Leaving Certificate Examination, 1924
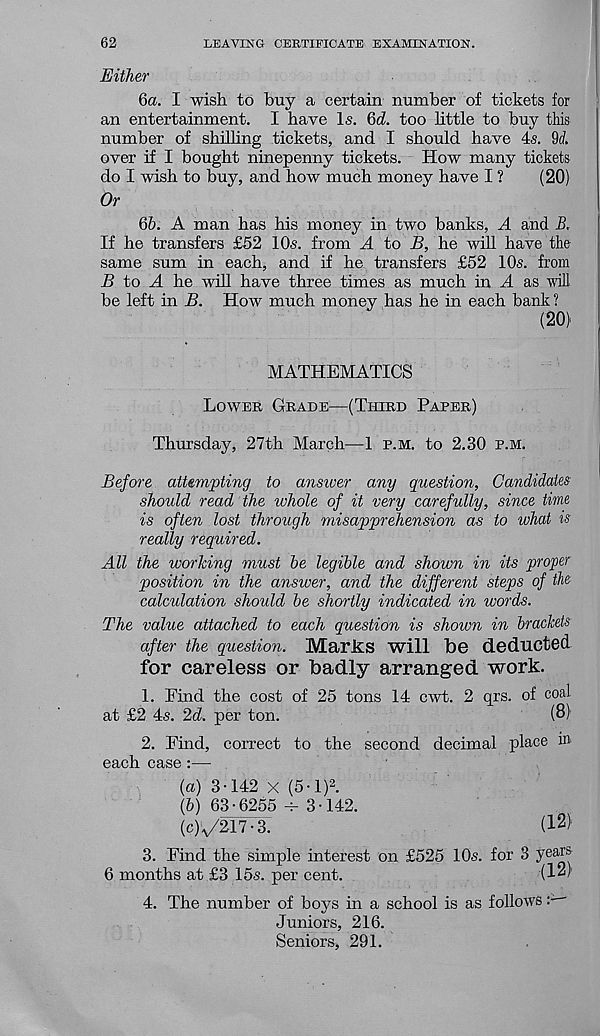
62
LEAVING CERTIFICATE EXAMINATION.
Either
6a. I wish to buy a certain number of tickets for
an entertainment. I have Is. 6d. too little to buy this
number of shilling tickets, and I should have 4s. 9rf.
over if I bought ninepenny tickets. How many tickets
do I wish to buy, and how much money have I ?
(20)
Or
6b. A man has his money in two banks, A and B.
If he transfers £52 10s. from A to B, he will have the
same sum in each, and if he transfers £52 10s. from
B to A he will have three times as much in A as will
be left in B. How much money has he in each bank ?
(20)
MATHEMATICS
Lower Grade—(Third Paper)
Thursday, 27th March—1 p.m. to 2.30 p.m.
Before attempting to answer any question, Candidates
should read the whole of it very carefully, since time
is often lost through misapprehension as to what is
really required.
All the working must be legible and shown in its proper
position in the answer, and the different steps of the
calculation should be shortly indicated in words.
The value attached to each question is shown in brackets
after the question. Marks will "be deducted
for careless or badly arranged work.
1. Find the cost of 25 tons 14 cwt. 2 qrs. of coal
at £2 4s. 2d. per ton.
(8)
2. Find, correct to the second decimal place m
each case:—
(а) 3-142 x (5-1) 2 .
(б) 63-6255 - 3-142.
(cK/247-3.
(I 2 )'
3. Find the simple interest on £525 10s. for 3 years
6 months at £3 15s. per cent.
(1^'
4. The number of boys in a school is as follows'
Juniors, 216.
Seniors, 291.